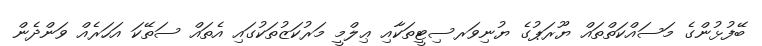
ބޭފުޅުންގެ މަސައްކަތްތައް ޔޫރަޕުގެ ޔުނިވަރސިޓީތަކާއި ޢިލްމީ މަރުކަޒުތަކުގައި އެތައް ސަތޭކަ އަހަރެއް ވަންދެން